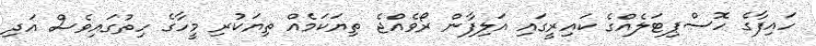
ހައިފާގެ ހޮސްޕިޓަލެއްގެ ކައިރީގައި އަލިފާން ރޯވެއްޖެ ތިޔަކަމެއް ތިޔަކުރި މީހާގެ ހިތުގައިވެސް އަދި